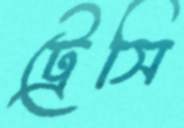
ট্রেসি